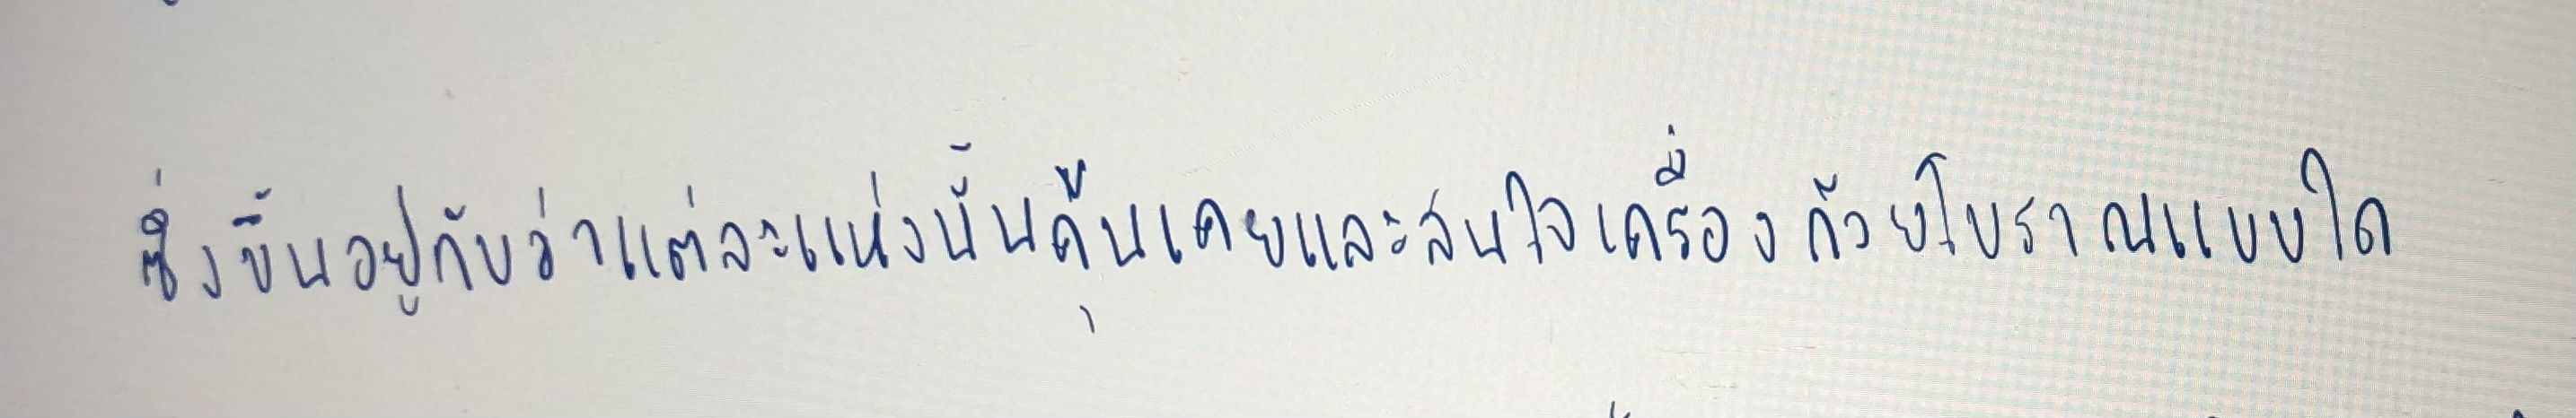
ซึ่งขึ้นอยู่กับว่าแต่ละแห่งนั้นคุ้นเคยและสนใจเครื่องถ้วยโบราณแบบใด